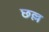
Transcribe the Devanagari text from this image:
छल्ल